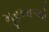
મૂરખાઓ